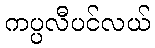
ကပ္ပလီပင်လယ်